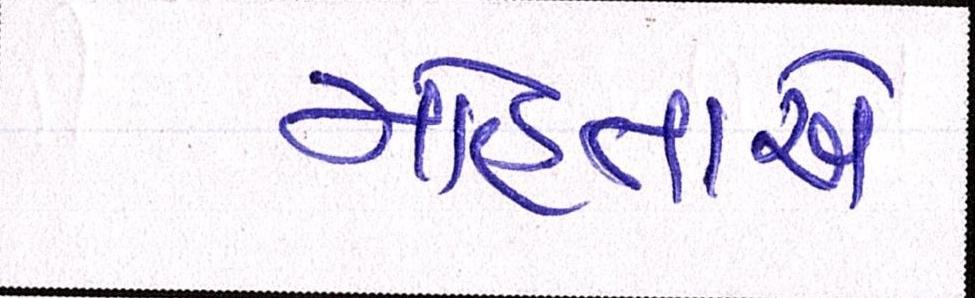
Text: મોહતાએ